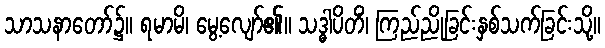
သာသနာတော်၌။ ရမာမိ၊ မွေ့လျော်၏။ သဒ္ဓါပိတိံ၊ ကြည်ညိုခြင်းနှစ်သက်ခြင်းသို့။